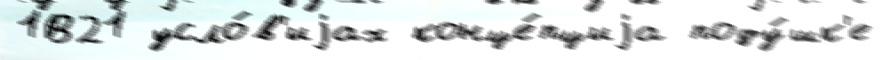
1В21 усло́в'иjах конце́пциjа поду́шк'е